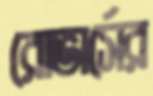
রোভার্সের